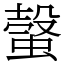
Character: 螜